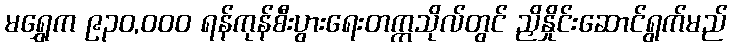
မရွှေက ၉၃၀,ဝဝဝ ရန်ကုန်စီးပွားရေးတက္ကသိုလ်တွင် ညှိနှိုင်းဆောင်ရွက်မည်